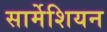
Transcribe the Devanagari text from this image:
सार्मेशियन